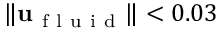
\| \mathbf { u } _ { \mathrm { ~ f ~ l ~ u ~ i ~ d ~ } } \| < 0 . 0 3